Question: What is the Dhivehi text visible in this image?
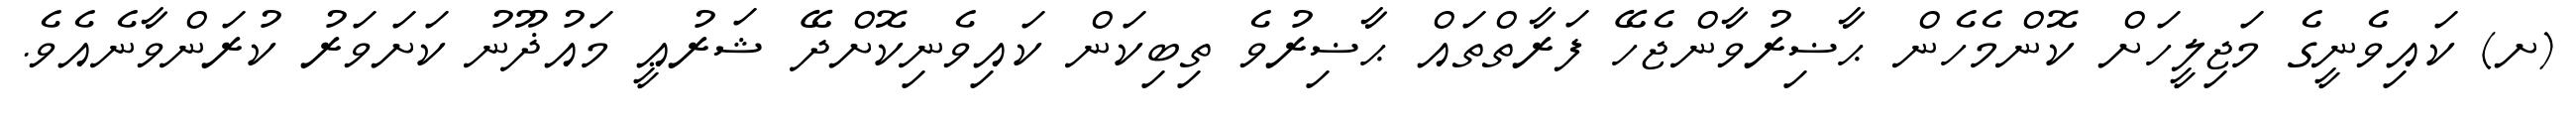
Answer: (ށ) ކައިވެނީގެ މަޖިލީހަށް ކޮންމެހެން ޙާޟިރުވާންޖެހޭ ފަރާތްތައް ޙާޟިރުވެ ތިބިކަން ކައިވެނިކޮށްދޭ ޝަރުޢީ މައުޛޫނު ކަށަވަރު ކުރަންވާނެއެވެ.